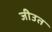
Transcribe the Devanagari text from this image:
जीउत